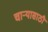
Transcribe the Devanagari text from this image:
चाऱ्यासाठी